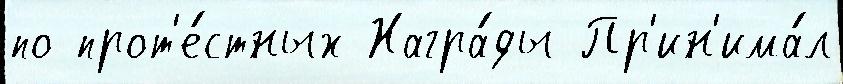
по прот'е́стных Награ́ды Пр'ин'има́л